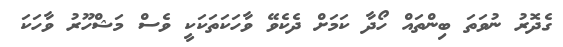
ގެދޮރު ނުވަތަ ބިންތައް ހޯދާ ކަމަށް ދެކެވޭ ވާހަކަތަކަކީ ވެސް މަޝްހޫރު ވާހަކަ